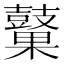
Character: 𲎜